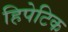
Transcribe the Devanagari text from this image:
हिपेटिक